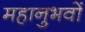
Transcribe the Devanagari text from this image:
महानुभवों